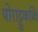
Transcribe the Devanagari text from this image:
पोराट्टुकळि